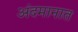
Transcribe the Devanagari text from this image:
अंदमानात